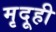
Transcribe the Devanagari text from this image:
मृदूही